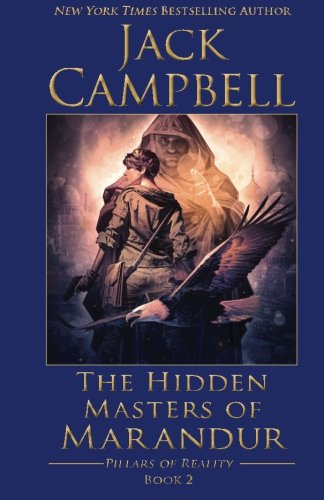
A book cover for The Hidden Masters of Marandur (The Pillars of Reality) (Volume 2); Jack Campbell; Science Fiction & Fantasy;